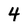
Character: 4